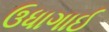
ઉધાગાઈ